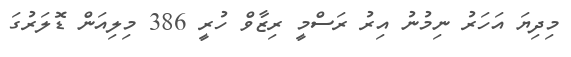
މިދިޔަ އަހަރު ނިމުނު އިރު ރަސްމީ ރިޒާވް ހުރީ 386 މިލިއަން ޑޮލަރުގަ